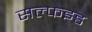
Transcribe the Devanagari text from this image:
सल्फइड